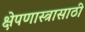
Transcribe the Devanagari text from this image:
क्षेपणास्त्रासाठी